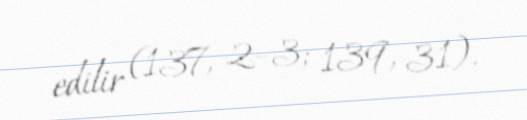
edilir (137, 2–3; 139, 31).